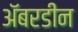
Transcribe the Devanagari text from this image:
अॅबरडीन